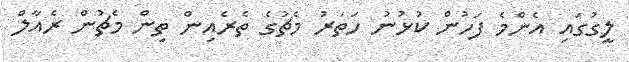
ލީގުގައި އެންމެ ފަހުން ކުޅުނު ހަަތަރު މެޗުގެ ތެރެއިން ތިން މެޗުން ރެއާލް